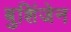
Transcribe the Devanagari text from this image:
बुशिंजेन